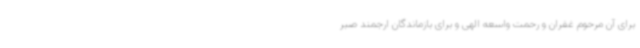
برای آن مرحوم غفران و رحمت واسعه الهی و برای بازماندگان ارجمند صبر